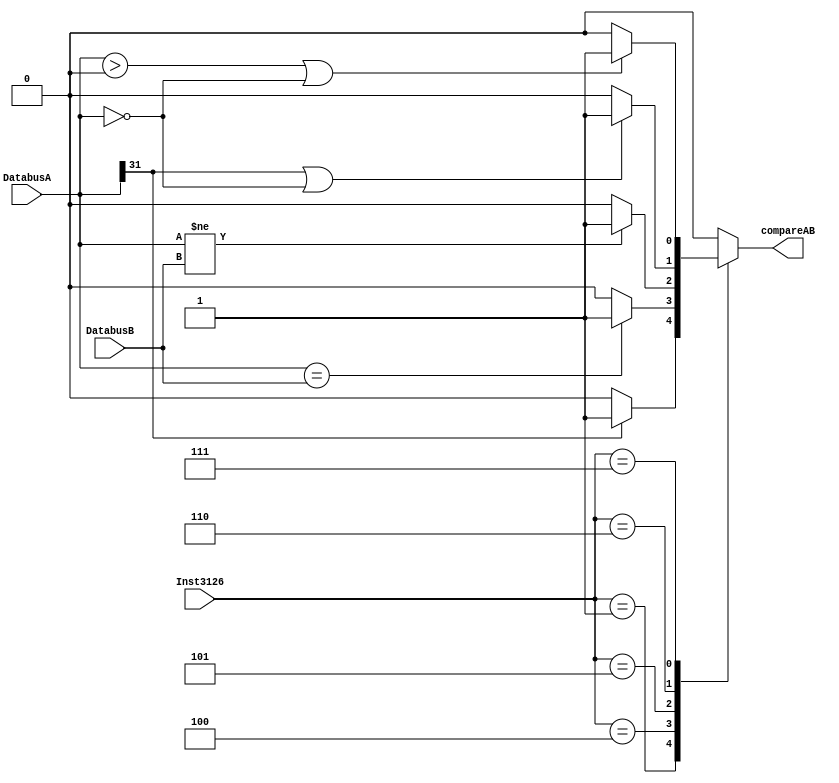
`timescale 1ns/1ns

module compare(DatabusA,DatabusB,Inst3126,compareAB);
input [31:0] DatabusA,DatabusB;
input [5:0] Inst3126;
output reg compareAB;

always @(*)
begin
  case(Inst3126)
    6'h1:compareAB=(DatabusA[31]==1)?1'b1:1'b0;    //bltz
    6'h4:compareAB=(DatabusA==DatabusB)?1'b1:1'b0;  //beq
    6'h5:compareAB=(DatabusA!=DatabusB)?1'b1:1'b0;  //bne
    6'h6:compareAB=(DatabusA[31]==1 || DatabusA==0)?1'b1:1'b0; //blez
    6'h7:compareAB=(DatabusA>0 || DatabusA==0)?1'b1:1'b0;   //bgtz
    default:compareAB=1'b0;
  endcase
end

endmodule